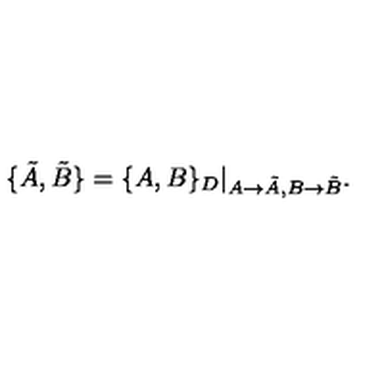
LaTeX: \{ \tilde { A } , \tilde { B } \} = \{ A , B \} _ { D } | _ { A \rightarrow \tilde { A } , B \rightarrow \tilde { B } } .